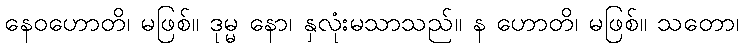
နေဝဟောတိ၊ မဖြစ်။ ဒုမ္မ နော၊ နှလုံးမသာသည်။ န ဟောတိ၊ မဖြစ်။ သတော၊